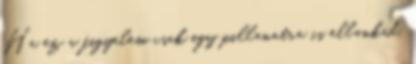
Ha ez a figyelem csak egy pillanatra is ellankad,